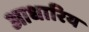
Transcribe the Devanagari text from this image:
आधारिय